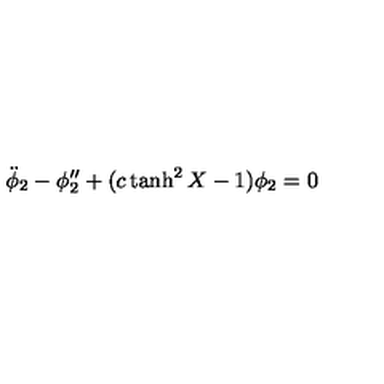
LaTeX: { \ddot { \phi } } _ { 2 } - \phi _ { 2 } ^ { \prime \prime } + ( c \tanh ^ { 2 } X - 1 ) \phi _ { 2 } = 0